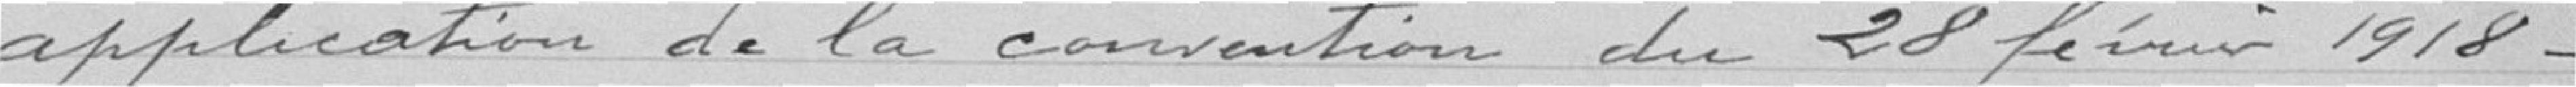
application de la convention du 28 février 1918.